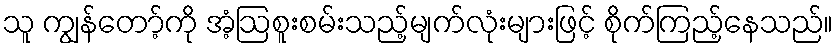
သူ ကျွန်တော့်ကို အံ့ဩစူးစမ်းသည့်မျက်လုံးများဖြင့် စိုက်ကြည့်နေသည်။